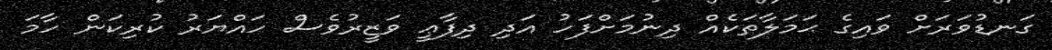
ގަނޑުވަރަށް ވައިގެ ޙަމަލާތަކެއް ދިނުމަށްފަހު އަދި ދިފާޢީ ވަޒީރުވެސް ހައްޔަރު ކުރިކަން ހާމަ